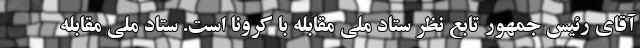
آقای رئیس جمهور تابع نظر ستاد ملی مقابله با کرونا است. ستاد ملی مقابله